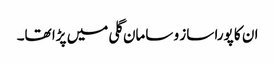
ان کا پورا ساز و سامان گلی میں پڑا تھا۔